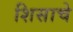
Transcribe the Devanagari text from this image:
शिसाचे